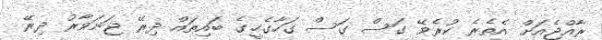
ރާއްޖެއަށް އެތެރެ ކުރެވޭ ގަސް ގަސް ގަހާގެހީގެ ބައިތައް ދިރޭ ޖަނަވާރު ދިރޭ